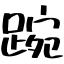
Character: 踠